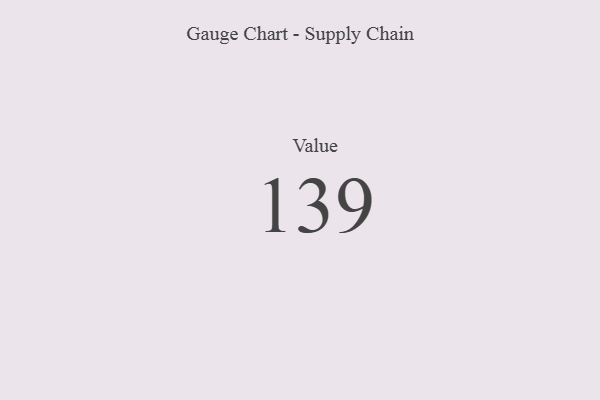
{"axis": {"x": "Metric", "y": "Value"}, "legend": [""], "data": [{"x": "Value", "y": 139, "type": ""}]}